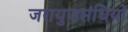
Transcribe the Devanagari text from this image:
जरायुजसंधियों